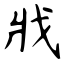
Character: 戕